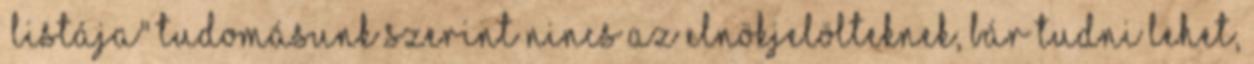
„listája" tudomásunk szerint nincs az elnökjelölteknek, bár tudni lehet,